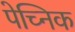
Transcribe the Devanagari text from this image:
पेच्निक